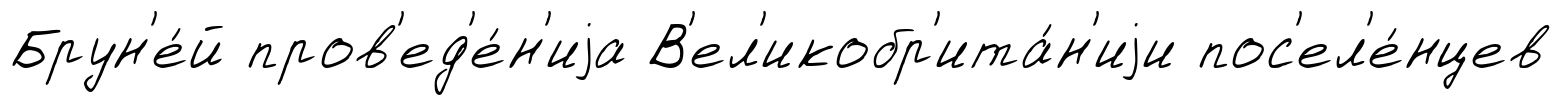
Брун'е́й пров'ед'е́н'иjа В'ел'икобр'ита́н'иjи пос'ел'е́нцев